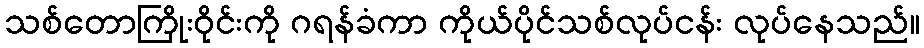
သစ်တောကြိုးဝိုင်းကို ဂရန်ခံကာ ကိုယ်ပိုင်သစ်လုပ်ငန်း လုပ်နေသည်။